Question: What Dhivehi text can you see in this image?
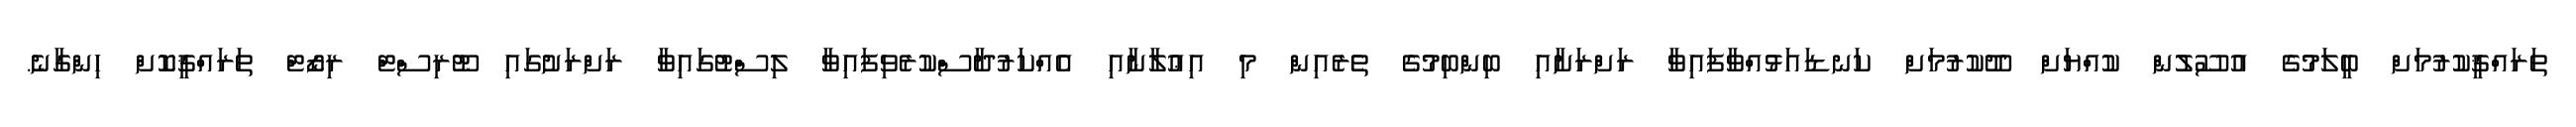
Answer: ތަރައްޤީކުރުމަށް ބީލަމުގެ އުސޫލުން ކުއްޔަށް ދޫކުރުމަށް ކަނޑައަޅުއްވާފައިވާ ރަށްރަށާއި ބިންބިމުގެ ތެރެއިން މި އިޢުލާނާއި އެއްކަރުދާސްކުރެވިފައިވާ ލިސްޓުގައިވާ ރަށްރަށުގައި ޓޫރިސްޓް ރިޒޯޓް ތަރައްޤީކޮށް ހިންގާނެ.